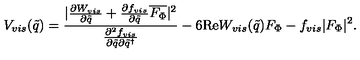
V _ { v i s } ( \tilde { q } ) = \frac { | \frac { \partial W _ { v i s } } { \partial \tilde { q } } + \frac { \partial f _ { v i s } } { \partial \tilde { q } } \overline { { F _ { \Phi } } } | ^ { 2 } } { \frac { \partial ^ { 2 } f _ { v i s } } { \partial \tilde { q } \partial \tilde { q } ^ { \dagger } } } - 6 \mathrm { R e } W _ { v i s } ( \tilde { q } ) F _ { \Phi } - f _ { v i s } | F _ { \Phi } | ^ { 2 } .